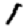
Digit: 1